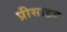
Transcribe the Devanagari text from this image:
प्रीसाइड